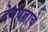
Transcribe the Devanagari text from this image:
देवयज्ञाचे